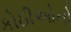
કોઠીઓનો